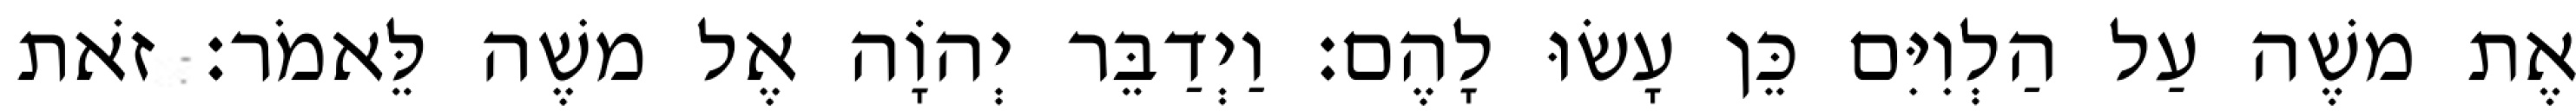
אֶת משֶׁה עַל הַלְוִיִּם כֵּן עָשׂוּ לָהֶם׃ וַיְדַבֵּר יְהוָֹה אֶל משֶׁה לֵּאמֹר׃ זֹאת